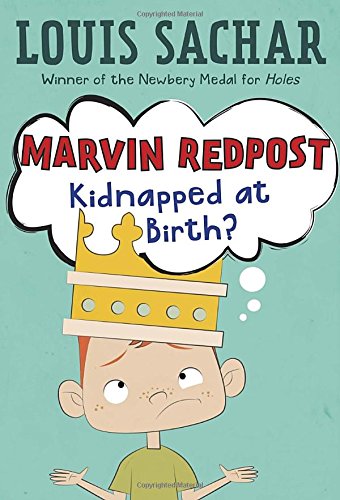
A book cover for Kidnapped At Birth? (Marvin Redpost 1, paper); Louis Sachar; Comics & Graphic Novels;